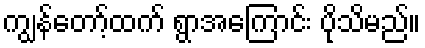
ကျွန်တော့်ထက် ရွာအကြောင်း ပိုသိမည်။